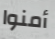
أمنوا